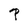
Character: P